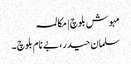
مہوش بلوچ | مکالمہ
سلمان حیدر، بے نام بلوچ ۔